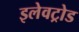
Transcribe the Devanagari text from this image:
इलेवट्रोड